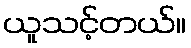
ယူသင့်တယ်။